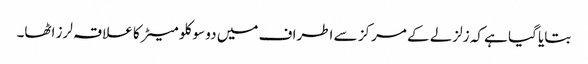
بتایا گیا ہے کہ زلزلے کے مرکز سے اطراف میں دو سو کلو میٹر کا علاقہ لرز اٹھا۔